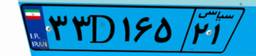
۴۶D۴۱۵۲۱